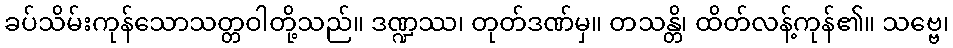
ခပ်သိမ်းကုန်သောသတ္တဝါတို့သည်။ ဒဏ္ဍဿ၊ တုတ်ဒဏ်မှ။ တသန္တိ၊ ထိတ်လန့်ကုန်၏။ သဗ္ဗေ၊